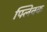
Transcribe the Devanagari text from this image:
फ्लिक्क